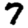
Digit: 7